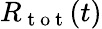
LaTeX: R_{\mathrm{~t~o~t~}}(t)